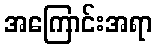
အကြောင်းအရာ